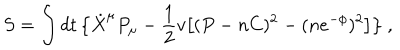
S = \int d t \, \big \{ \dot { X } ^ { \mu } P _ { \mu } - { \frac { 1 } { 2 } } v \big [ ( P - n C ) ^ { 2 } - ( n e ^ { - \phi } ) ^ { 2 } \big ] \big \} \ ,